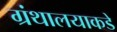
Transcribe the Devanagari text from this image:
ग्रंथालयाकडे